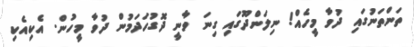
ތަންތަނުގައި ދުވާ މީހެއް! ނިލަންދޫގައި ގިނަ ވާނީ ދޮގުހަދަމުން ދުވާ މީހުން. އެކިއެކި